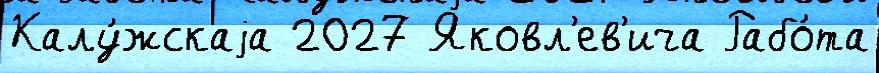
Калу́жскаjа 2027 Яковл'ев'ича Рабо́та